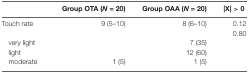
<table><thead><tr><td>[EMPTY_CELL]</td><td><b>Group OTA (<i>N</i> = 20)</b></td><td><b>Group OAA (<i>N</i> = 20)</b></td><td><b>|X| &gt; 0</b></td></tr></thead><tbody><tr><td>Touch rate</td><td>9 (5–10)</td><td>8 (6–10)</td><td>0.12</td></tr><tr><td>[EMPTY_CELL]</td><td>[EMPTY_CELL]</td><td>[EMPTY_CELL]</td><td>0.80</td></tr><tr><td>very light</td><td>[EMPTY_CELL]</td><td>7 (35)</td><td>[EMPTY_CELL]</td></tr><tr><td>light</td><td>[EMPTY_CELL]</td><td>12 (60)</td><td>[EMPTY_CELL]</td></tr><tr><td>moderate</td><td>1 (5)</td><td>1 (5)</td><td>[EMPTY_CELL]</td></tr></tbody></table>